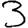
Digit: 3